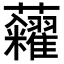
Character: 𧆀